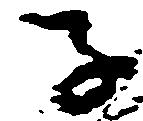
子